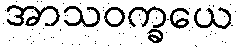
အာသဝက္ခယေ